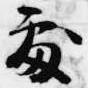
処